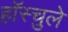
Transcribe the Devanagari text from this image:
हॉस्चुले